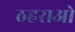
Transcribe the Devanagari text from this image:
ठहराओ